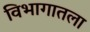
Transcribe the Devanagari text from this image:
विभागातला